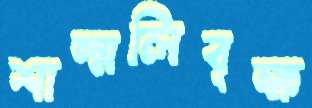
শাল্মলিবৃক্ষ